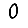
Digit: 0